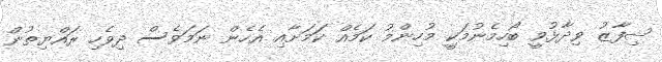
ޝިފާޒު ވިދާޅުވީ ބޯހިމެނުމަކިީ މުހިންމު ކަމެއް ކަަމަށާއި އެހެން ނަމަވެސް ދިވެހި ރައްޔިތުން